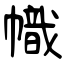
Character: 幟